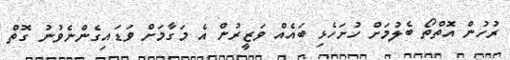
ރުހުން އޮތްތޯ ބެލުމަށް ހުށަހެޅި ބައެއް ވަޒީރުން އެ މަގާމަށް ވަޑައިގެންނެވުނު ގޮތް